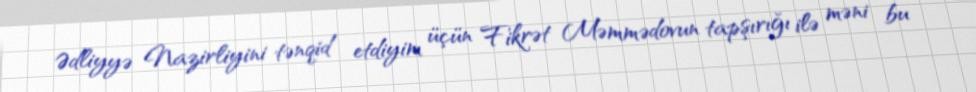
Ədliyyə Nazirliyini tənqid etdiyim üçün Fikrət Məmmədovun tapşırığı ilə məni bu